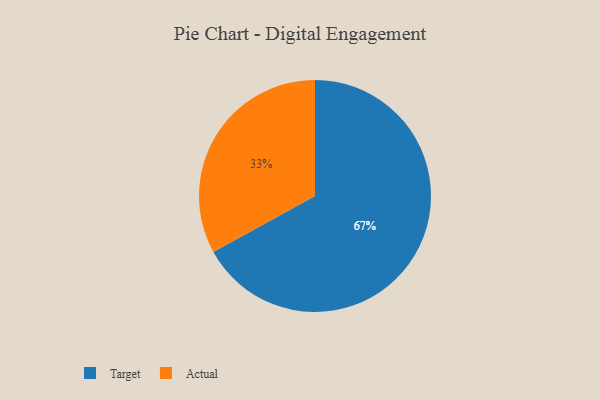
{"axis": {"x": "Category", "y": "Percentage"}, "legend": ["Actual", "Target"], "data": [{"x": "Target", "y": 67, "type": "Target"}, {"x": "Actual", "y": 33, "type": "Actual"}]}